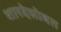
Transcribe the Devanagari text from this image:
शारदेसोबत